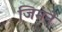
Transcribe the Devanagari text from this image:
जिमने